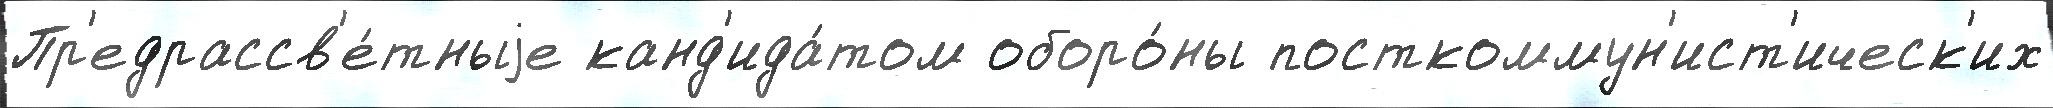
Пр'едрассв'е́тныjе канд'ида́том оборо́ны посткоммун'ист'ическ'их